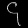
Digit: ၄